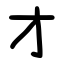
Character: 才